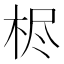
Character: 𰗦